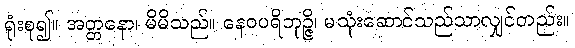
ရုံးစု၍။ အတ္တနော၊ မိမိသည်။ နေဝပရိဘုဉ္ဇိ၊ မသုံးဆောင်သည်သာလျှင်တည်း။